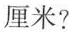
厘米？